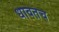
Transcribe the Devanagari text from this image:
धावतच